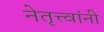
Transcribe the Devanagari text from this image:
नेतृत्त्वांनी